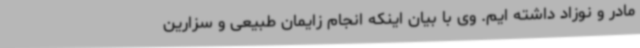
مادر و نوزاد داشته ایم. وی با بیان اینکه انجام زایمان طبیعی و سزارین